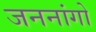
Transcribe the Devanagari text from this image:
जननांगो